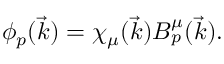
\phi _ { p } ( \vec { k } ) = \chi _ { \mu } ( \vec { k } ) B _ { p } ^ { \mu } ( \vec { k } ) .